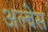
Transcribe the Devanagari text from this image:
अल्बेस